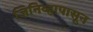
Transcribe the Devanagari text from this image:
जिनिव्हापासून